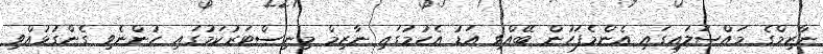
ނާޒިމްގެ މައްސަލައިގައި އެންމެފަހުން ބޭއްވި އަޑު އެހުމުގައި ނާޒިމް މިނިސްޓަރުކަމުގައި ހުންނެވި ގެންގުޅުއްވި